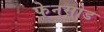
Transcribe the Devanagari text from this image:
फेनसोड